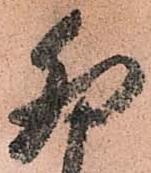
卯